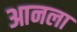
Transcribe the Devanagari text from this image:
आनला